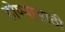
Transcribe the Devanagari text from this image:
होण्‍यासाठी